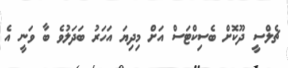
ޗެލްސީ ދޫކޮށް ބެސިކްޓަސް އަށް މިދިޔަ އަހަރު ބަދަލުވެ ބާ ވަނީ އެ